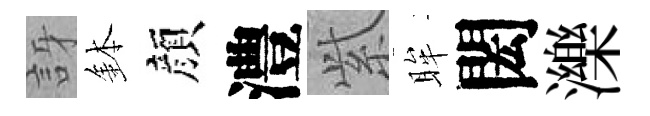
訝鉢顔澧𬗋眸閎濼